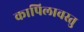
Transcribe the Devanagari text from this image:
कापिलावस्तु